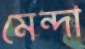
মেন্দা